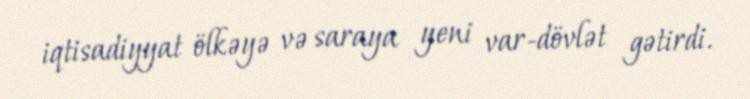
iqtisadiyyat ölkəyə və saraya yeni var-dövlət gətirdi.